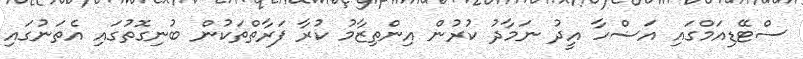
ސްޓޭޑިއަމްގައި އަޟްހާ އީދު ނަމާދު ކުރުން އިންތިޒާމު ކުރާ ފަރާތްތަކުން ބުނިގޮތުގައި އެތަނުގައި